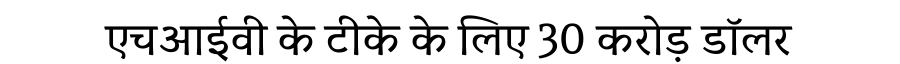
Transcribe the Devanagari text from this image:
एचआईवी के टीके के लिए 30 करोड़ डॉलर